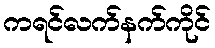
ကရင်လက်နက်ကိုင်